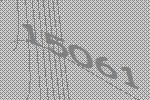
15061